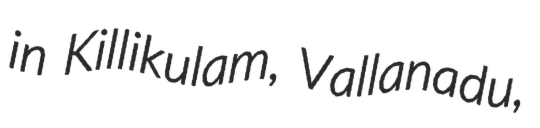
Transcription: in Killikulam, Vallanadu,